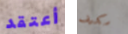
أعتقد مكيف